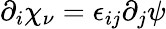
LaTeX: \partial_{i}\chi_{\nu}=\epsilon_{ij}\partial_{j}\psi